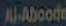
Al.Aboode